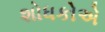
શોધકોએ